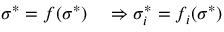
\begin{array} { r l } { \sigma ^ { * } = f ( \sigma ^ { * } ) } & { { } \Rightarrow \sigma _ { i } ^ { * } = f _ { i } ( \sigma ^ { * } ) } \end{array}